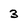
Character: 3